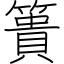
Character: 簣